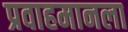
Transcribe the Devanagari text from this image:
प्रवाहमानला